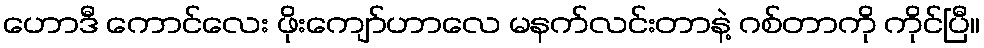
ဟောဒီ ကောင်လေး ဖိုးကျော်ဟာလေ မနက်လင်းတာနဲ့ ဂစ်တာကို ကိုင်ပြီ။